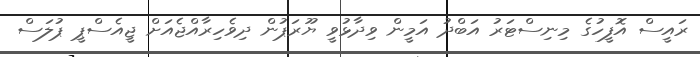
ރައީސް އޮފީހުގެ މިނިސްޓަރު އަބްދު އަމީން ވިދާޅުވީ ޔޫރަޕުން ދިވެހިރާއްޖެއަށް ޖީއެސްޕީ ޕުލަސް